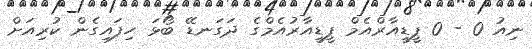
ނިއު 0 - 0 ޕީޑީއާރްއެމް ޕީޑީއާރުއެމްގެ ދަގަނޑޭ ބޯޅަ ހިފައިގެން ކުރިއަށް